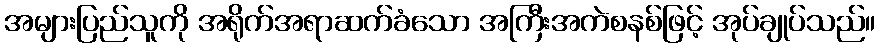
အများပြည်သူကို အရိုက်အရာဆက်ခံသော အကြီးအကဲစနစ်ဖြင့် အုပ်ချုပ်သည်။